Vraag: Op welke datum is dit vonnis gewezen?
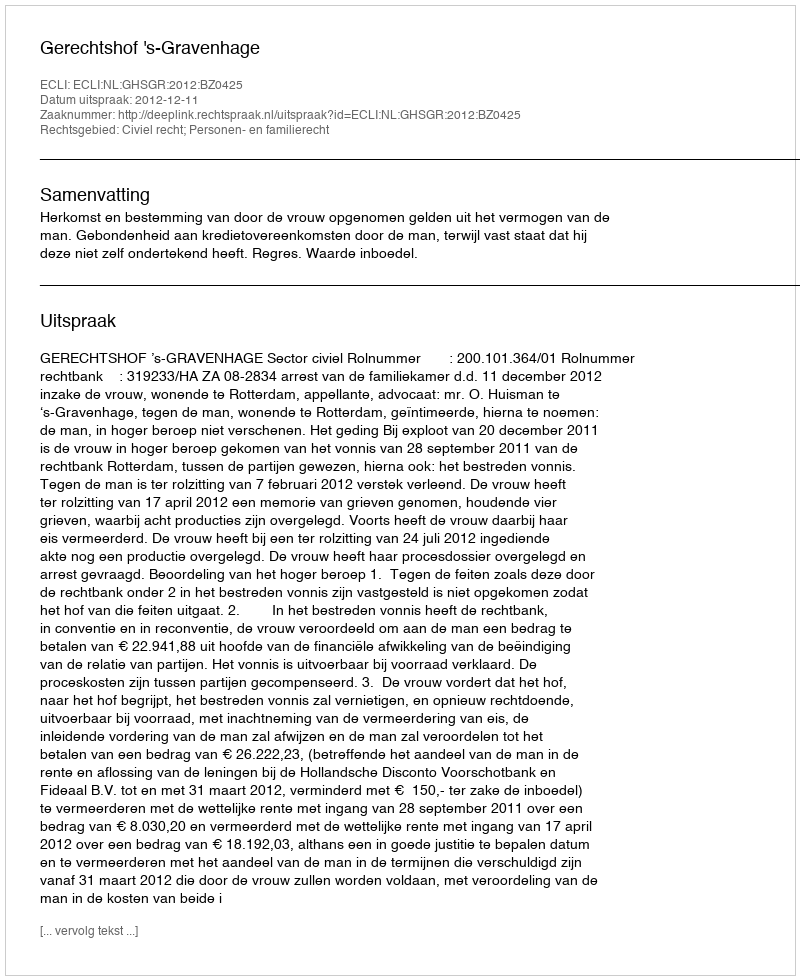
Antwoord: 2012-12-11